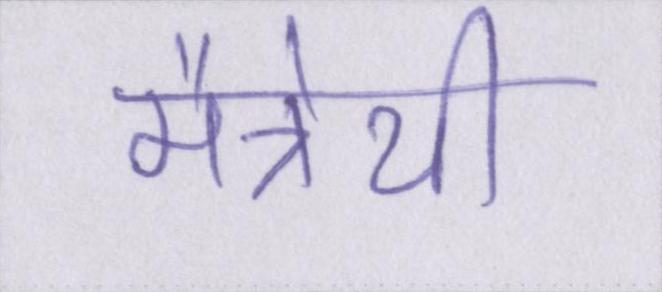
मैत्रेयी